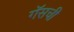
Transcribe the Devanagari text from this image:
गॅसची